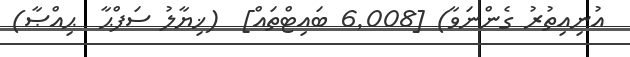
އުނިއިތުރު ގެންނަވާ) [6